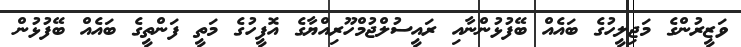
ވަޒީރުންގެ މަޖިލީހުގެ ބައެއް ބޭފުޅުންނާއި ރައީސުލްޖުމްހޫރިއްޔާގެ އޮފީހުގެ މަތީ ފަންތީގެ ބައެއް ބޭފުޅުން